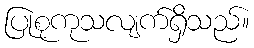
ပြုစုကုသလျက်ရှိသည်။